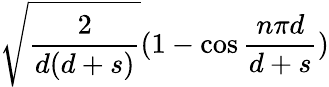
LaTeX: \sqrt{\frac{2}{d(d+s)}}(1-\cos{\frac{n\pi d}{d+s}})